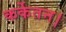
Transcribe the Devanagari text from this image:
कर्केतन।